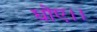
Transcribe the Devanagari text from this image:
धोए।।